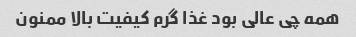
همه چی عالی بود غذا گرم کیفیت بالا ممنون